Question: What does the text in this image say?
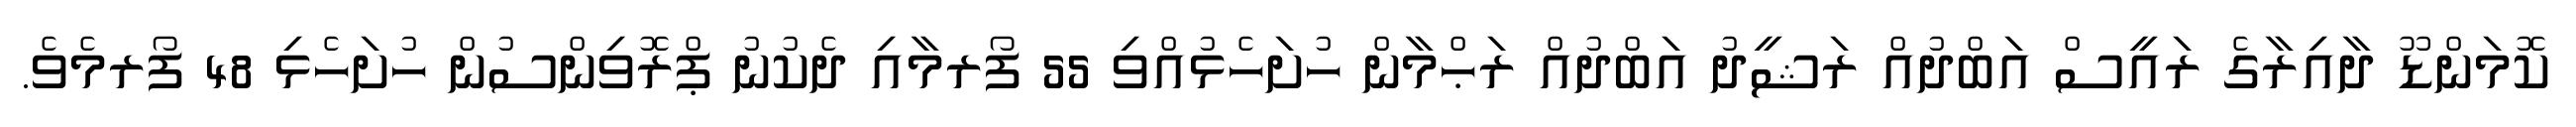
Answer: ކޮމަންޑޫ ދާއިރާގެ ރައީސް އަބްދުއް ރަޝީދު އަބްދުއް ރަޙްމާން ހުށަހެޅުއްވި 55 ފޯރމާއި ދެކުނު ޕްރޮވިންސުން ހުށަހެޅި 48 ފޯރމެވެ.